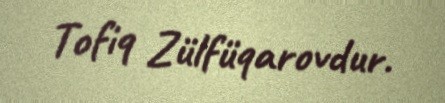
Tofiq Zülfüqarovdur.